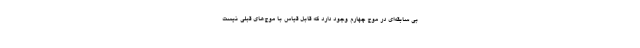
بی سابقه‌ای در موج چهارم وجود دارد که قابل قیاس با موج‌های قبلی نیست